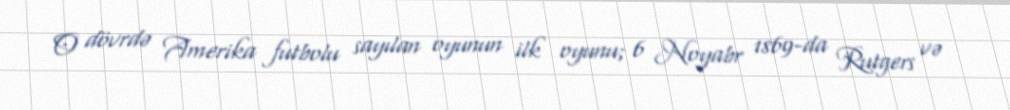
O dövrdə Amerika futbolu sayılan oyunun ilk oyunu; 6 Noyabr 1869-da Rutgers və